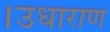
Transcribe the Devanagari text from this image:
।उधाराण